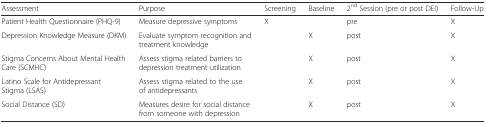
| Assessment | Purpose | Screening | Baseline | 2nd Session (pre or post DEI) | Follow-Up |
 | --- | --- | --- | --- | --- | --- |
 | Patient Health Questionnaire (PHQ-9) | Measure depressive symptoms | X |  | pre | X |
 | Depression Knowledge Measure (DKM) | Evaluate symptom recognition and treatment knowledge |  | X | post | X |
 | Stigma Concerns About Mental Health Care (SCMHC) | Assess stigma related barriers to depression treatment utilization |  | X | post | X |
 | Latino Scale for Antidepressant Stigma (LSAS) | Assess stigma related to the use of antidepressants |  | X | post | X |
 | Social Distance (SD) | Measures desire for social distance from someone with depression |  | X | post | X |